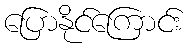
ပြောနိုင်ကြောင်း